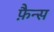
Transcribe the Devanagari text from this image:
फ़ैन्स